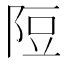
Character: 𨹜